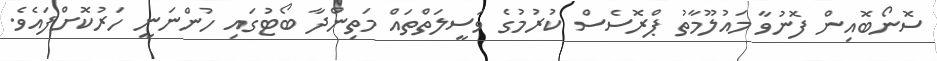
ސޮނޯބޮއިން ފޮނުވާ މައުލޫމާތު ޕްރޮސެސް ކުރުމުގެ ވަސީލަތްތައް މަތިންދާ ބޯޓުގައި ހުންނަނީ ހަރުކޮށްފައެވެ.